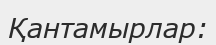
Қантамырлар: